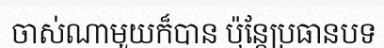
ចាស់ណាមួយក៏បាន ប៉ុន្តែប្រធានបទ